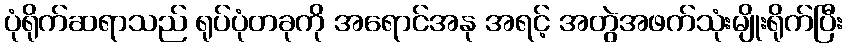
ပုံရိုက်ဆရာသည် ရုပ်ပုံတခုကို အရောင်အနု အရင့် အတွဲအဖက်သုံးမျိုးရိုက်ပြီး